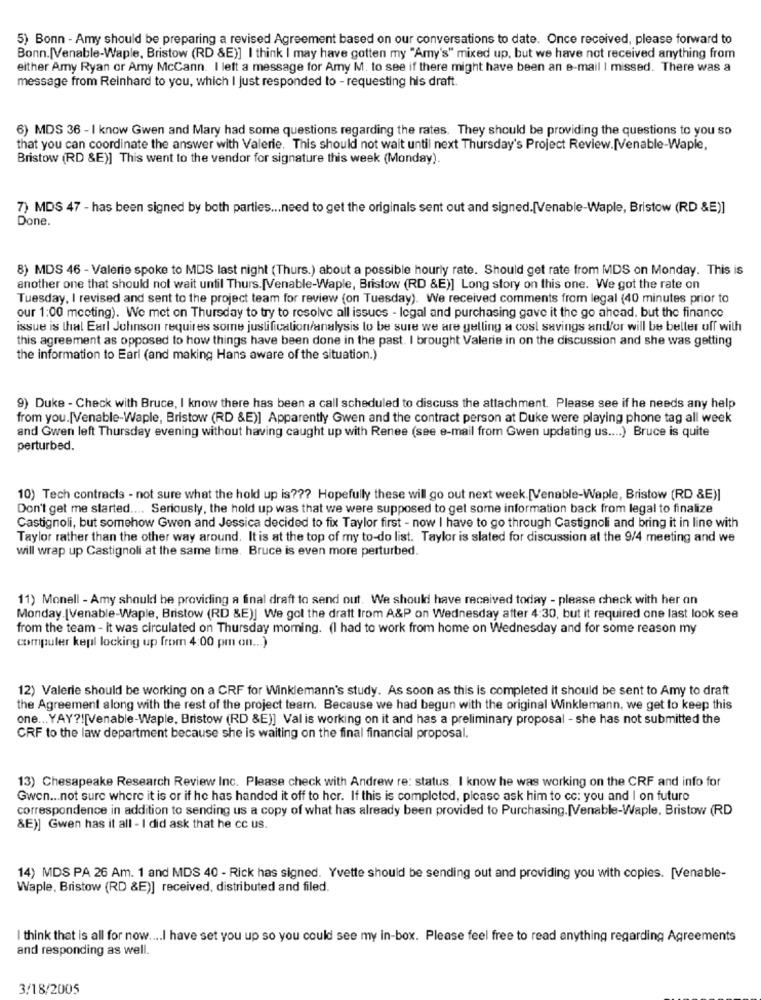
5) Bonn - Amy should be preparing a revised Agreement based on our conversations to date. Once received, please forward to
Bonn. [Venable-Waple, Bristow (RD &E)] I think I may have gotten my "Amy's" mixed up, but we have not received anything from
either Amy Ryan or Amy McCann. I left a message for Amy M. to see if there might have been an e-mail I missed. There was a
message from Reinhard to you, which I just responded to - requesting his draft.
6) MDS 36 - I know Gwen and Mary had some questions regarding the rates. They should be providing the questions to you so
that you can coordinate the answer with Valerie. This should not wait until next Thursday's Project Review.[Venable-Waple,
Bristow (RD &E)] This went to the vendor for signature this week (Monday).
7) MDS 47 - has been signed by both parties ... need to get the originals sent out and signed. [Venable-Waple, Bristow (RD &E)]
Done.
8) MDS 46 - Valerie spoke to MDS last night (Thurs.) about a possible hourly rate. Should get rate from MDS on Monday. This is
another one that should not wait until Thurs. [Venable-Waple, Bristow (RD &E)] Long story on this one. We got the rate on
Tuesday, I revised and sent to the project team for review (on Tuesday). We received comments from legal (40 minutes prior to
our 1:00 mccting). We met on Thursday to try to resolve all issues - legal and purchasing gave it the go ahead, but the finance
issue is that Earl Johnson requires some justification/analysis to be sure we are gelling a cost savings and/or will be better off with
this agreement as opposed to how things have been done in the past. I brought Valerie in on the discussion and she was getting
the information to Earl (and making Hans aware of the situation.)
9) Duke - Check with Bruce, I know there has been a call scheduled to discuss the attachment. Please see if he needs any help
from you. [Venable-Waple, Bristow (RD &E)] Apparently Gwen and the contract person at Duke were playing phone tag all week
and Gwen left Thursday evening without having caught up with Renee (see e-mail from Gwen updating us .... ) Bruce is quite
perturbed.
10) Tech contracts - not sure what the hold up is ??? Hopefully these will go out next week. [Venable-Waple, Bristow (RD &E)]
Don't get me started .... Seriously, the hold up was that we were supposed to get some information back from legal to finalize
Castignoli, but somehow Gwen and Jessica decided to fix Taylor first - now I have to go through Castignoli and bring it in line with
Taylor rather than the other way around. It is at the top of my to-do list. Taylor is slated for discussion at the 9/4 meeting and we
will wrap up Castignoli at the same time. Bruce is even more perturbed.
11) Monell - Amy should be providing a final draft to send out. We should have received today - please check with her on
Monday [Venable-Waple, Bristow (RD &E)] We got the draft from A&P on Wednesday after 4:30, but it required one last look see
from the team - it was circulated on Thursday morning. (I had to work from home on Wednesday and for some reason my
computer kepl locking up from 4:00 pm on ... )
12) Valerie should be working on a CRF for Winklemann's study. As soon as this is completed it should be sent to Amy to draft
the Agreement along with the rest of the project teamn. Because we had begun with the original Winklemann, we get to keep this
one ... YAY ?! [Venable-Waple, Bristow (RD &E)] Val is working on it and has a preliminary proposal - she has not submitted the
CRF to the law department because she is waiting on the final financial proposal.
13) Chesapeake Research Review Inc. Please check with Andrew re: status. I know he was working on the CRF and info for
Gwen ... not sure where it is or if he has handed it off to her. If this is completed, please ask him to cc: you and I on futuro
correspondence in addition to sending us a copy of what has already been provided to Purchasing.[Venable-Waple, Bristow (RD
&E)] Gwen has it all - I did ask that he cc us.
14) MDS PA 26 Am. 1 and MDS 40 - Rick has signed. Yvette should be sending out and providing you with copies. [Venable-
Waple, Bristow (RD &E)] received, distributed and filed.
I think that is all for now .... I have set you up so you could see my in-box. Please feel free to read anything regarding Agreements
and responding as well.
3/18/2005